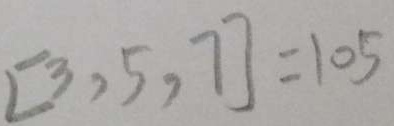
[ 3 , 5 , 7 ] = 1 0 5